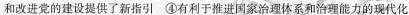
和改进党的建设提供了新指引④有利于推进国家治理体系和治理能力的现代化